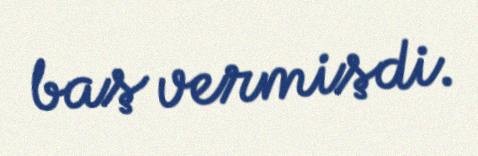
baş vermişdi.